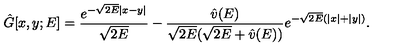
\hat { G } [ x , y ; E ] = \frac { e ^ { - \sqrt { 2 E } | x - y | } } { \sqrt { 2 E } } - \frac { \hat { v } ( E ) } { \sqrt { 2 E } ( \sqrt { 2 E } + \hat { v } ( E ) ) } e ^ { - \sqrt { 2 E } ( | x | + | y | ) } .